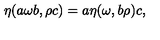
\eta ( a \omega b , \rho c ) = a \eta ( \omega , b \rho ) c ,